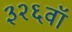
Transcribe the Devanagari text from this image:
३२६वॉ